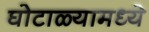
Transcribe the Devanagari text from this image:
घोटाळ्यामध्ये